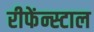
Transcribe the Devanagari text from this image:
रीफेंन्स्टाल